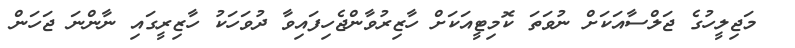
މަޖިލީހުގެ ޖަލްސާއަކަށް ނުވަތަ ކޮމިޓީއަކަށް ހާޒިރުވާންޖެހިފައިވާ ދުވަހަކު ހާޒިރީގައި ނާންނަ ޖަހަން